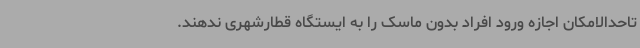
تاحدالامکان اجازه ورود افراد بدون ماسک را به ایستگاه قطارشهری ندهند.